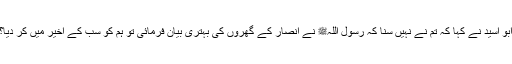
ابو اسیدؓ نے کہا کہ تم نے نہیں سنا کہ رسول اللہﷺ نے انصار کے گھروں کی بہتری بیان فرمائی تو ہم کو سب کے اخیر میں کر دیا؟